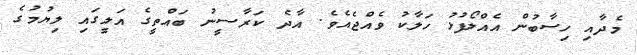
މެދާއި ހިސާބުން އެއްލޯފުޅު ހަލާކު ވެއްޖެއެވެ. އާދެ ކަރާސީނު ބައްތީގެ އަލީގައި ލިޔުމުގެ